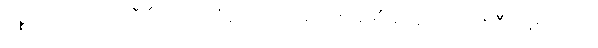
မစ္စတာ ကာလိုဂရီဒီသည် ဘုံဘေဘားမား ကုမ္ပဏီမှ အရာရှိတစ်ဦး ဖြစ်သည်။